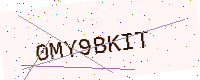
Text: 0MY9BKIT